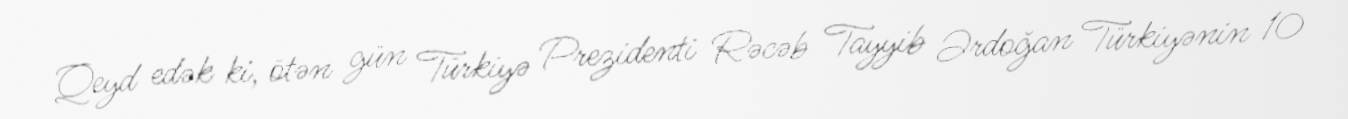
Qeyd edək ki, ötən gün Türkiyə Prezidenti Rəcəb Tayyib Ərdoğan Türkiyənin 10